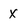
Character: x